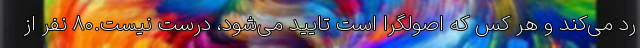
رد می‌کند و هر کس که اصولگرا است تایید می‌شود، درست نیست.۸۰ نفر از